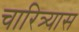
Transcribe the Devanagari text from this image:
चारित्र्यास